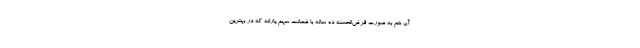
آن هم به صورت قرض‌الحسنه ده ساله با ضمانت سهم یارانه که در بهترین